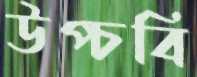
উপ্‌চবি